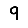
Digit: 9